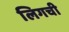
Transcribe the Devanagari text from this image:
लिगची